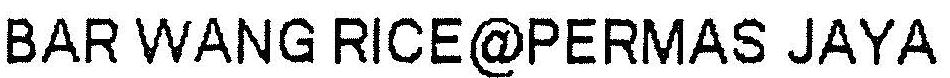
BAR WANG RICE@PERMAS JAYA